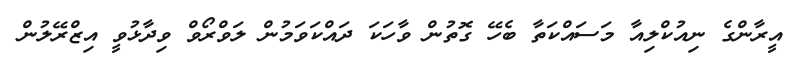
އީރާންގެ ނިއުކްލިއާ މަސައްކަތާ ބެހޭ ގޮތުން ވާހަކަ ދައްކަވަމުން ލަވްރޯވް ވިދާޅުވީ އިޒްރޭލުން